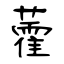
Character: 藿